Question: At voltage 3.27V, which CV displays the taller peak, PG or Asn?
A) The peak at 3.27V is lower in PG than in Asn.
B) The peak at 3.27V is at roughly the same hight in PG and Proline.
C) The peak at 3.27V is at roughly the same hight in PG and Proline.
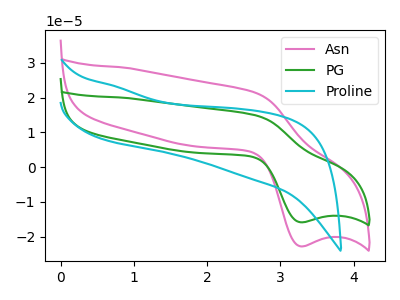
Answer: <think>The pink curve "Asn" has an anodic peak at (2.65V, 21.35uA) and a cathodic peak at (3.25V, -22.80uA). The green curve "PG" has an anodic peak at (2.65V, 14.85uA) and a cathodic peak at (3.25V, -15.90uA). The cyan curve "Proline" has no peaks.</think>
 <answer>A) The peak at 3.27V is lower in "PG" than in "Asn".</answer>
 <eval>A</eval>